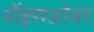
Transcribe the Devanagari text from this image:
वॉइसओवर